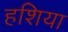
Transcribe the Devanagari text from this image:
हशिया